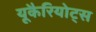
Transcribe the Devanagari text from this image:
यूकैरियोट्स